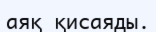
аяқ қисаяды.